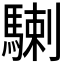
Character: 𩤲